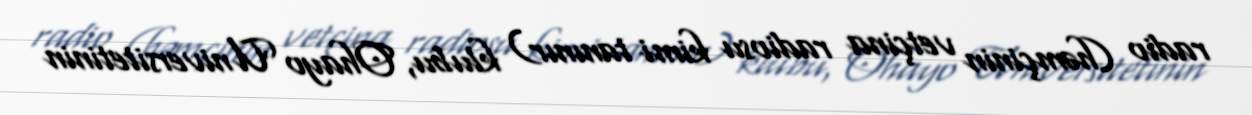
radio (həmçinin vetçina radiosu kimi tanınır) klubu, Ohayo Universitetinin